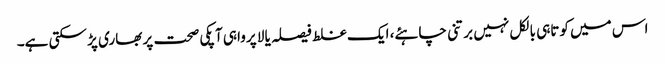
اس میں کوتاہی بالکل نہیں برتنی چاہئے، ایک غلط فیصلہ یا لا پرواہی آپکی صحت پر بھاری پڑ سکتی ہے۔